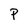
Character: P